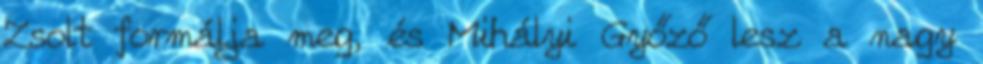
Zsolt formálja meg, és Mihályi Győző lesz a nagy